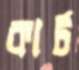
কার্ট